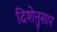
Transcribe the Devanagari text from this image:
दिशेनुसार